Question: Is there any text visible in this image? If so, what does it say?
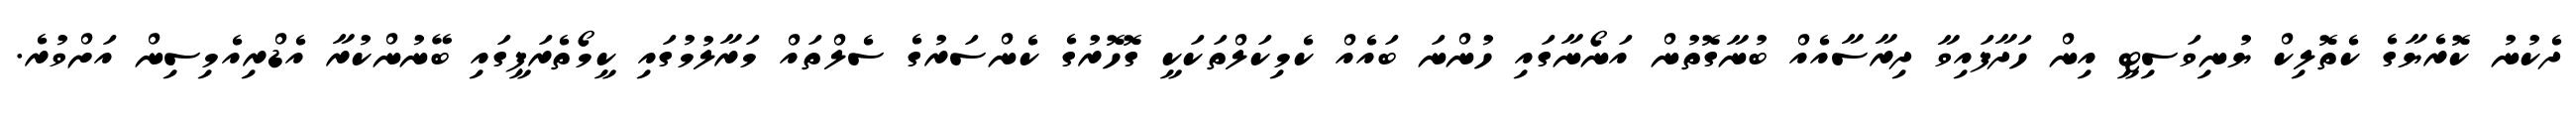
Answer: ދެކުނު ކޮރެޔާގެ ކެތޮލިކް ޔުނިވަސިޓީ އިން ހަދާފައިވާ ދިރާސާއެއް ބުނާގޮތުން އަނޯނާގައި ހުންނަ ބައެއް ކެމިކަލްތަކަކީ ގޮހޮރުގެ ކެންސަރުގެ ސެލްތައް މަރާލުމުގައި ކީމޯތެރަޕީގައި ބޭނުންކުރާ އެޑްރިއެމިސިން އަށްވުރެ.